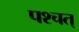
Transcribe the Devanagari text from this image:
पश्चत्